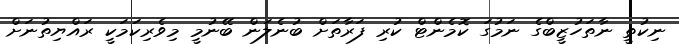
ނިކުތީ ނާތަހުޒީބްގެ ނަމުގަ ކޮމެންޓް ކުރި ފަރާތަށް ބުނެލަން ބޭނުމީ މިވެރިކަމަކީ ރައްޔިތުނަށް